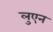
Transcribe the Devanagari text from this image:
लुएन